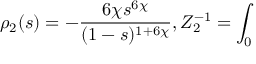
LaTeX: \rho _ { 2 } ( s ) = - \frac { 6 \chi s ^ { 6 \chi } } { ( 1 - s ) ^ { 1 + 6 \chi } } , Z _ { 2 } ^ { - 1 } = \int _ { 0 }